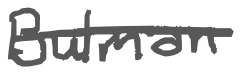
Text: Bulman
Cross-out: single-line
Writing tool: digital_gray